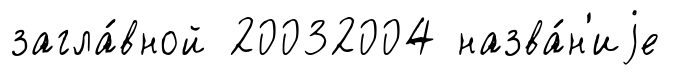
загла́вной 20032004 назва́н'иjе